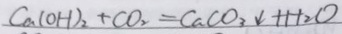
C a ( O H ) _ { 2 } + C O _ { 2 } = C a C O _ { 3 } \downarrow + H _ { 2 } O